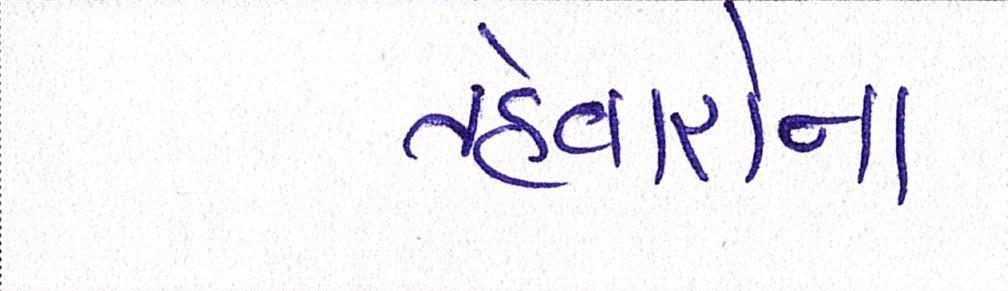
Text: તહેવારોના